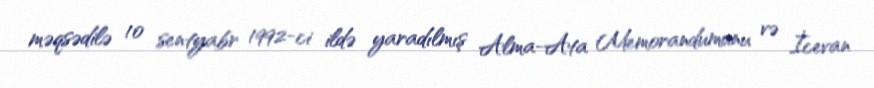
məqsədilə 10 sentyabr 1992-ci ildə yaradılmış Alma-Ata Memorandumunu və İcevan